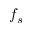
f _ { s }